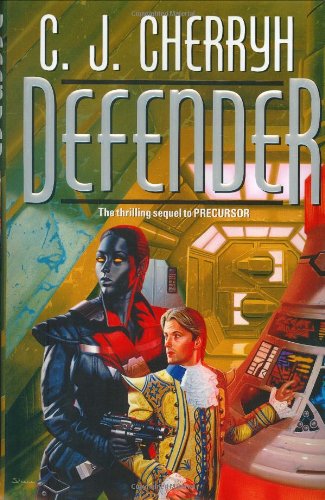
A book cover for Defender (Foreigner 5); C. J. Cherryh; Science Fiction & Fantasy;